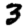
Digit: 3